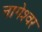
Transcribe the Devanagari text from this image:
नागेश्‍वर